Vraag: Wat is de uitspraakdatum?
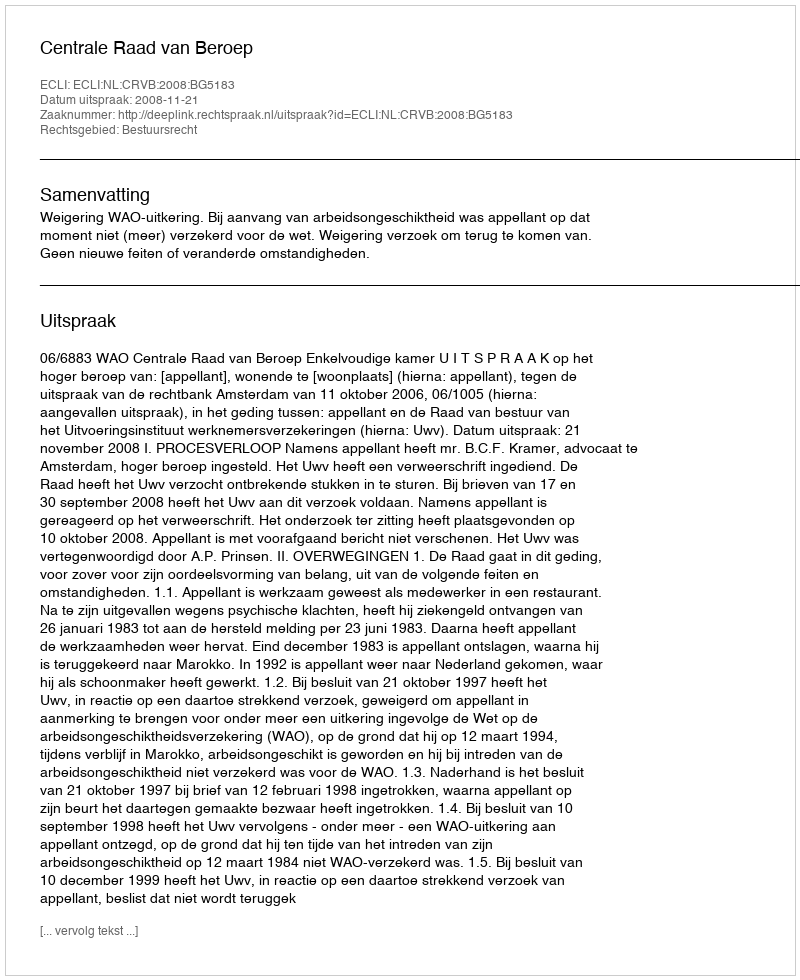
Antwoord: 2008-11-21